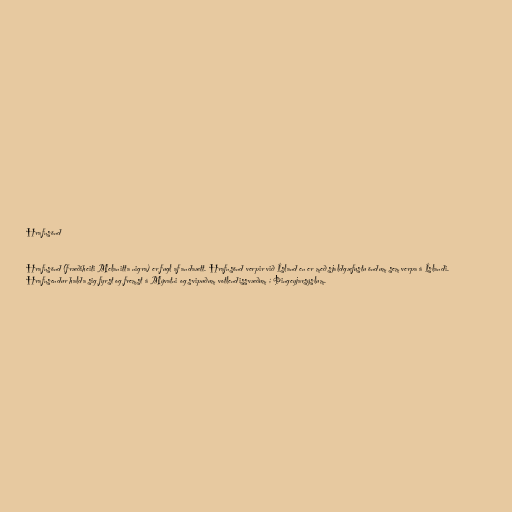
Hrafnsönd

Hrafnsönd (fræðiheiti Melanitta nigra) er fugl af andaætt. Hrafnsönd verpir við Ísland en er með sjaldgæfustu öndum sem verpa á Íslandi.
Hrafnsendur halda sig fyrst og fremst á Mývatni og svipuðum votlendissvæðum í Þingeyjarsýslum.